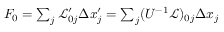
\begin{array} { r } { F _ { 0 } = \sum _ { j } \mathcal { L } _ { 0 j } ^ { \prime } \Delta x _ { j } ^ { \prime } = \sum _ { j } ( U ^ { - 1 } \mathcal { L } ) _ { 0 j } \Delta x _ { j } } \end{array}